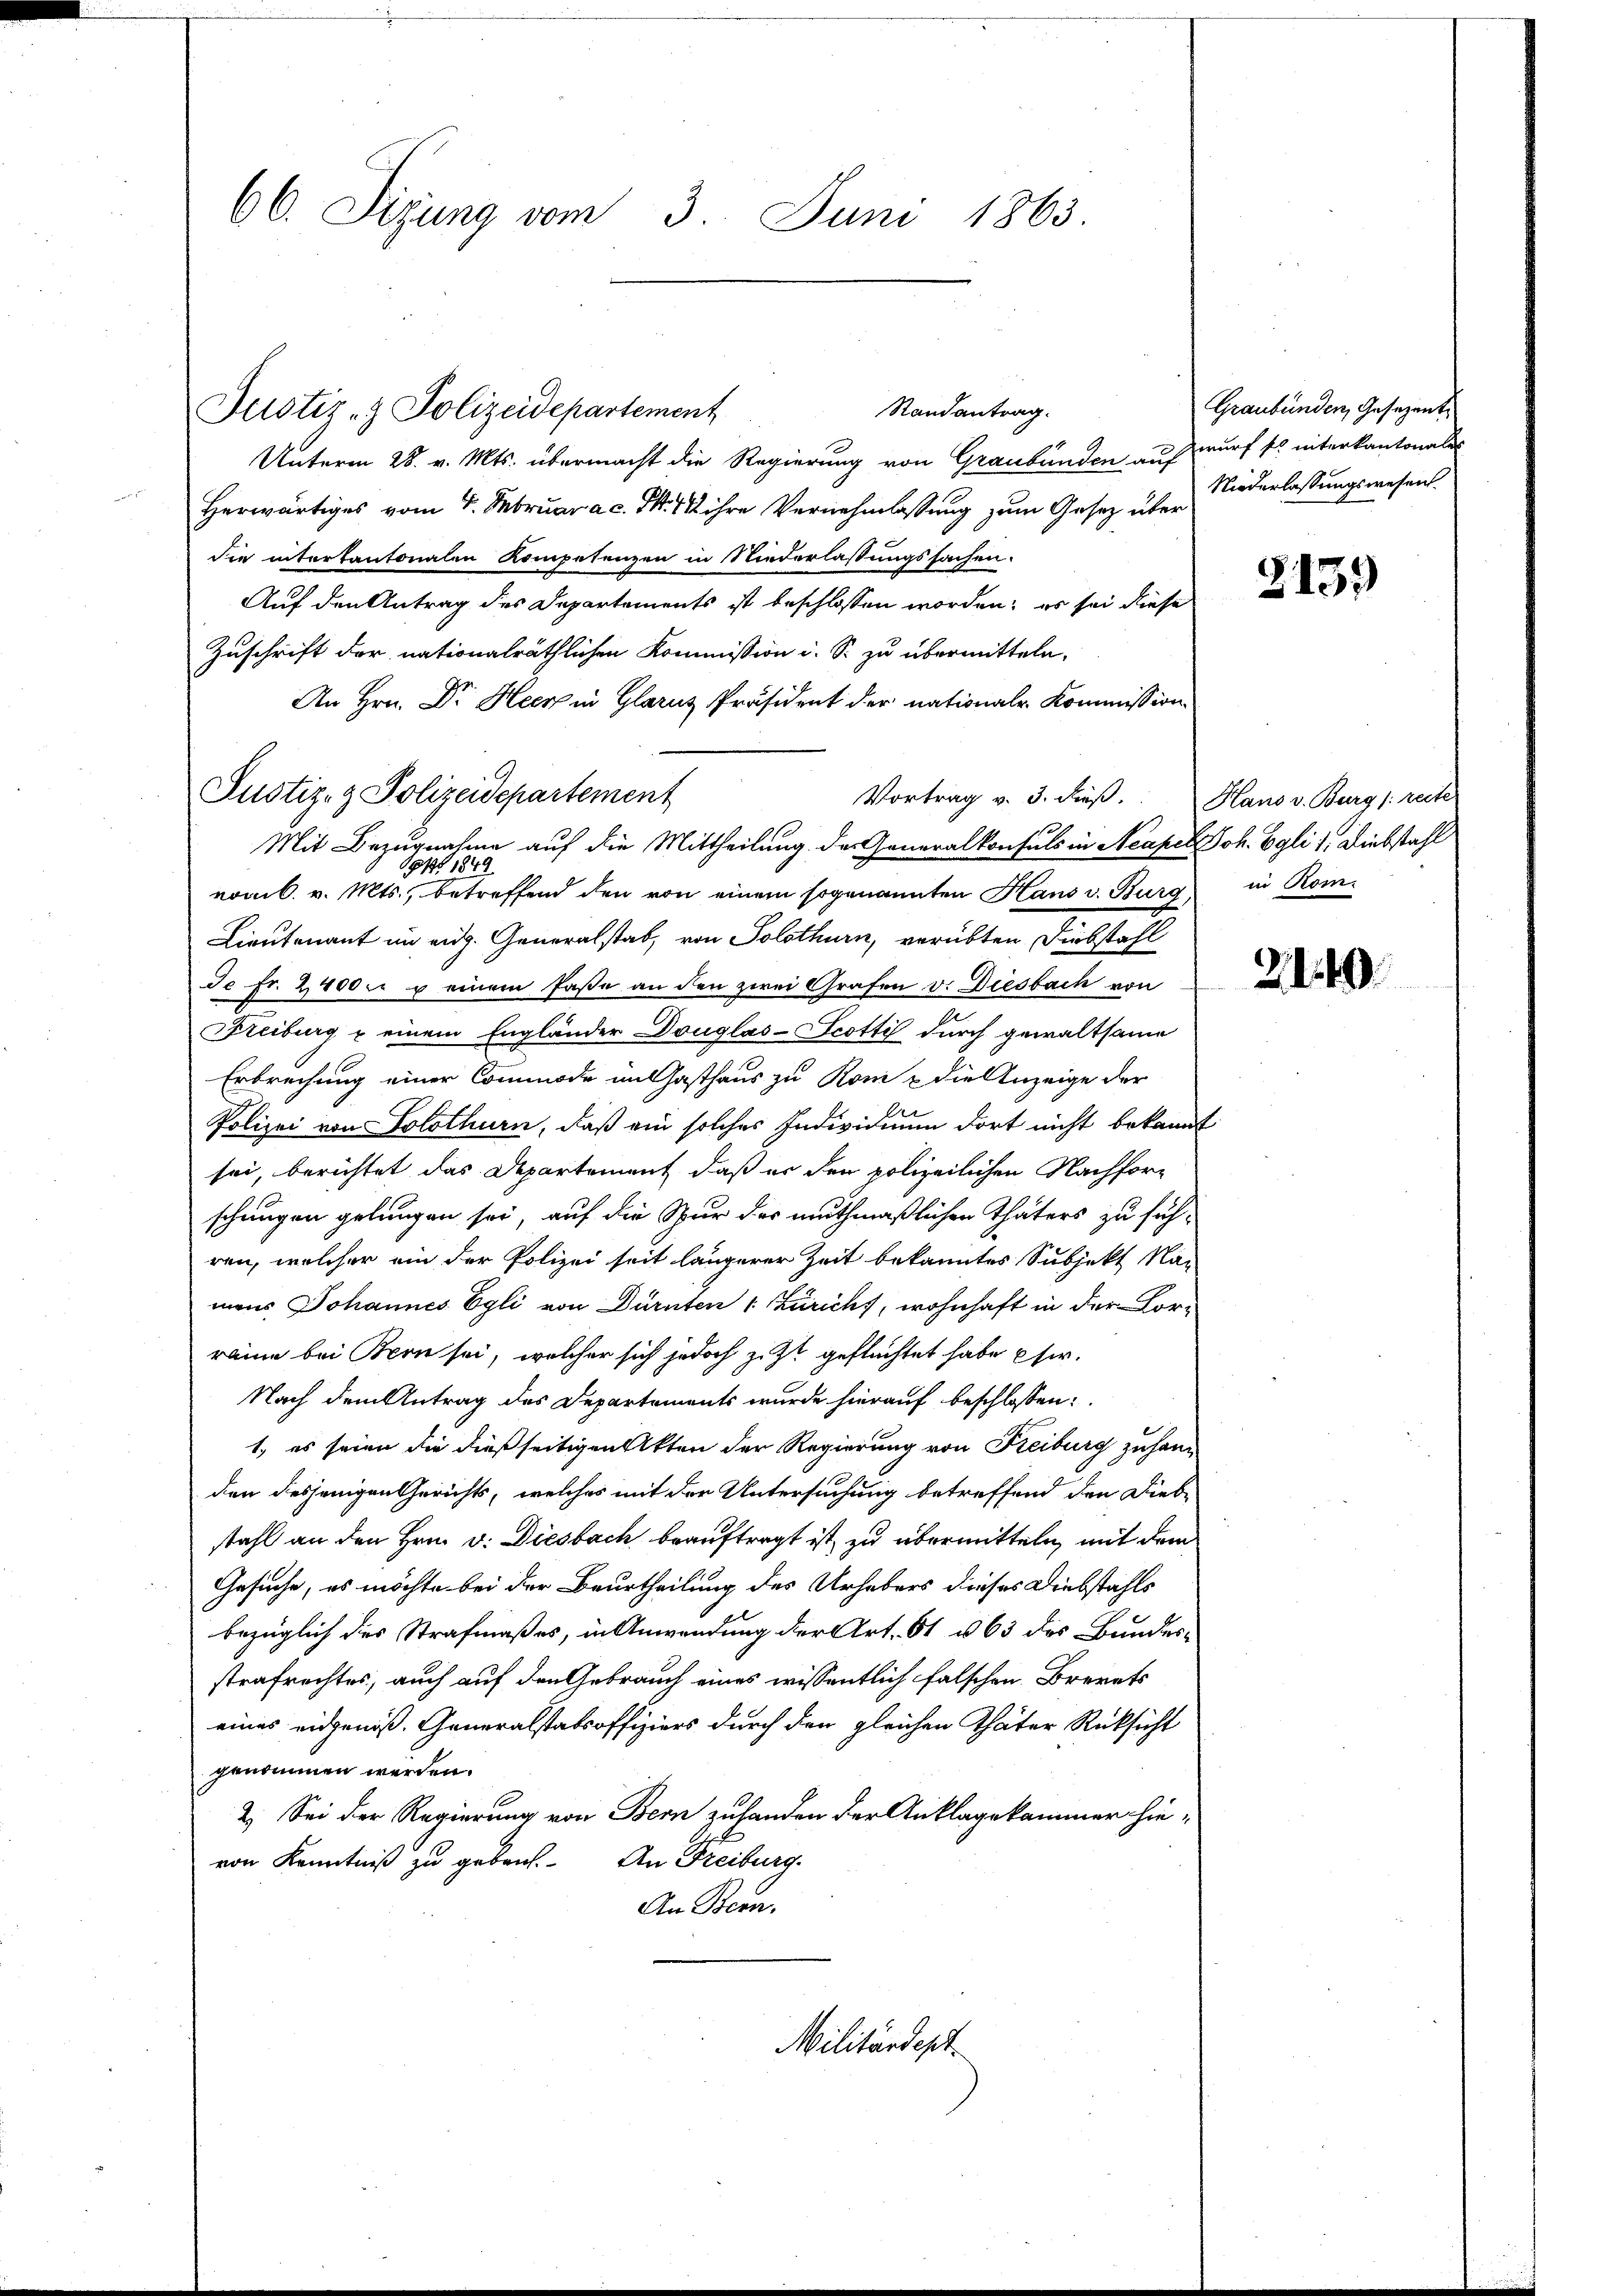
66. Sigung vom 3. Juni 1863.

Justiz- & Polizeidepartement

Justiz- & Polizeidepartement

Militärdept.

Randantrag.

Unterm 28. v. Mts. übermacht die Regierung von Graubünden auf wurf so interkantonale
Herwärtiges vom 4. Februar a.c. S. 112 ihre Vernehmlassung zum Gesetz über
die interkantonalen Kompetenzen in Niederlassungssachen.
Auf den Antrag des Departements ist beschlossen worden; es sei diese
Zuschrift der nationalräthlichen Kommission i. S. zu übermitteln.
An Hrn. Dr. Heer in Glarus Präsident der nationale Kommission
Vortrag v. 3. dieß. Hans v. Burg [recte
Mit Bezugnahme auf die Mittheilung der Generalkonsuls in Neapel Joh. Egli, 1. Diebstahl
 1849
voml. v. Mts., betreffend den von einem sogenannten Hans v. Burg
Lieutenant im eidg. Generalstab, von Solothurn, verübten Diebstahl
Je Fr. 2400. u einem Pässe an den zwei Grafen v. Diesbach von
Freiburg u einem Engländer Douglas-Scotti durch gewaltsame
Erbrechung einer Commode in Gasthaus zu Rom & die Anzeige der
Polizei von Solothurn, daß ein solches Individuum dort nicht bekannt
sei, berichtet das Departement, daß er den polizeilichen Nachforschungen gelungen sei, auf die Spur der muthmaßlichen Thäters zu führen, welcher ein der Polizei seit längerer Zeit bekanntes Subjekt Nac
mens Johannes Egli von Dürnten 1 Züricht, wohnhaft in der For-
raine bei Bern sei, welcher sich jedoch zu zu geflüchtet habe ser
Nach dem Antrag des Departements wurde hierauf beschlossen:
1., es seien die dießseitigen Akten der Regierung von Freiburg zu hang
den desjenigen Gerichts, welches mit der Untersuchung betreffend den Diebstahl an den Hrn. v. Diesbach beauftragt ist, zu übermitteln, mit dem
Gesuche, es möchte bei der Beurtheilung des Urhebers dieses Diebstahls
bezüglich des Strafmaßes, in Anwendung der Art. 61 u 63 des Bundes-
strafrechtes, auch auf den Gebrauch eines wissentlich falschen Brevets
eines eidgenoß. Generalstatsoffiziers durch den gleichen Thäter Rücksicht
genommen werden.
2.) Sei der Regierung von Bern zuhanden der Anklagekammer hievon Kenntniß zu geben. An Freiburg.
An Bern.

Graubünden, Gesezent
Niederlassungswesen.

3139)

in Roin.

2140